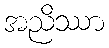
အညိဿာ